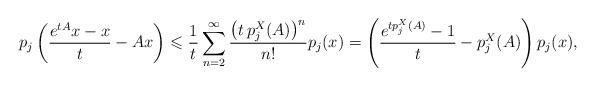
LaTeX: \begin{align*}p_{j}\left(\frac{e^{tA}x-x}{t} -Ax\right)\leqslant \frac{1}{t}\sum_{n=2}^{\infty}\frac{\big(t \, p^{X}_{j}(A)\big)^{n}}{n!}p_{j}(x)= \left( \frac{e^{t p^{X}_{j}(A)} -1 }{t} -p^{X}_{j}(A) \right) p_{j}(x),\end{align*}